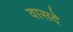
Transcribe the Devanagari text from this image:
वासदे